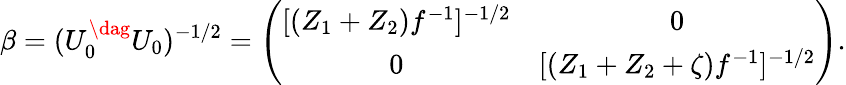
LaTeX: \beta=(U_{0}^{\dag}U_{0})^{-1/2}=\left(\begin{array}{cc}{{[(Z_{1}+Z_{2})f^{-1}]^{-1/2}}}&{{0}}\\ {{0}}&{{[(Z_{1}+Z_{2}+\zeta)f^{-1}]^{-1/2}}}\end{array}\right).